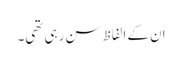
ان کے الفاظ سن رہی تھی۔